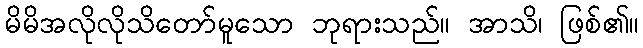
မိမိအလိုလိုသိတော်မူသော ဘုရားသည်။ အာသိ၊ ဖြစ်၏။